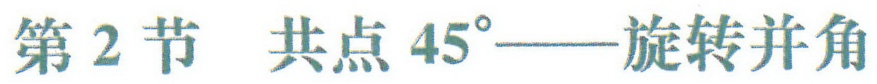
第2节 共点\(45^{\circ}\)——旋转并角